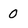
Character: 0